Reports on dispensaries and lunatic asylums in the Province of Oudh - 1869-1876
Year: 1869
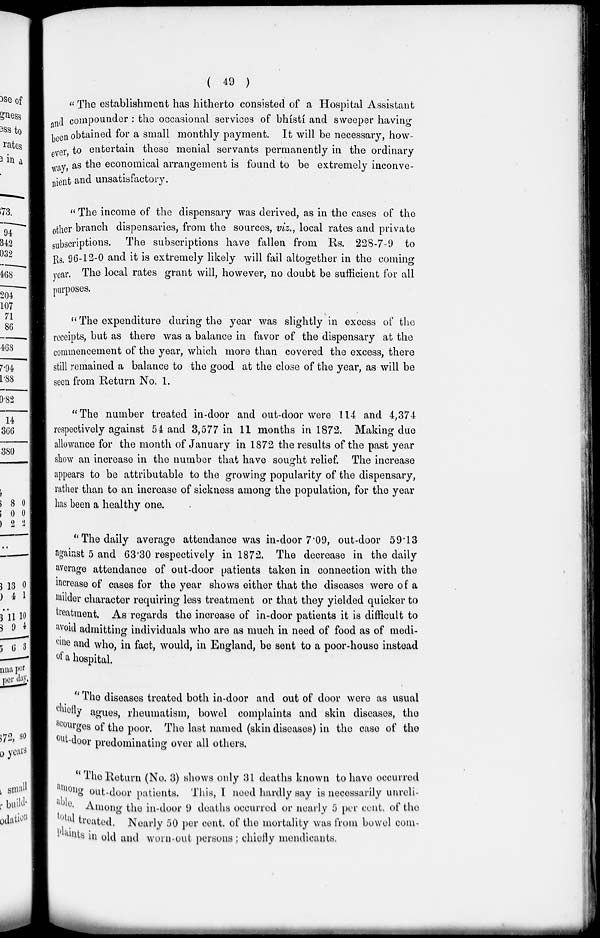
( 49 )
" The establishment has hitherto consisted of a Hospital Assistant
and compounder : the occasional services of bhístí and sweeper having
been obtained for a small monthly payment. It will be necessary, how-
ever to entertain these menial servants permanently in the ordinary
way, as the economical arrangement is found to be extremely inconve-
nient and unsatisfactory.
" The income of the dispensary was derived, as in the cases of the
other branch dispensaries, from the sources, viz., local rates and private
subscriptions. The subscriptions have fallen from Rs. 228-7-9 to
Rs. 96-12-0 and it is extremely likely will fail altogether in the coming
year. The local rates grant will, however, no doubt be sufficient for all
purposes.
" The expenditure during the year was slightly in excess of the
receipts, but as there was a balance in favor of the dispensary at the
commencement of the year, which more than covered the excess, there
still remained a balance to the good at the close of the year, as will be
seen from Return No. 1.
"The number treated in-door and out-door were 114 and 4,374
respectively against 54 and 3,577 in 11 months in 1872. Making due
allowance for the month of January in 1872 the results of the past year
show an increase in the number that have sought relief. The increase
appears to be attributable to the growing popularity of the dispensary,
rather than to an increase of sickness among the population, for the year
has been a healthy one.
"The daily average attendance was in-door 7.09, out-door 59.13
against 5 and 63.30 respectively in 1872. The decrease in the daily
average attendance of out-door patients taken in connection with the
increase of cases for the year shows either that the diseases were of a
milder character requiring less treatment or that they yielded quicker to
treatment. As regards the increase of in-door patients it is difficult to
avoid admitting individuals who are as much in need of food as of medi-
cine and who, in fact, would, in England, be sent to a poor-house instead
of a hospital.
" The diseases treated both in-door and out of door were as usual
chiefly agues, rheumatism, bowel complaints and skin diseases, the
scourges of the poor. The last named (skin diseases) in the case of the
out-door predominating over all others.
"The Return (No. 3) shows only 31 deaths known to have occurred
among out-door patients. This, I need hardly say is necessarily unreli-
able. Among the in-door 9 deaths occurred or nearly 5 per cent. of the
total treated. Nearly 50 per cent. of the mortality was from bowel com-
plaints in old and worn-out persons ; chiefly mendicants.